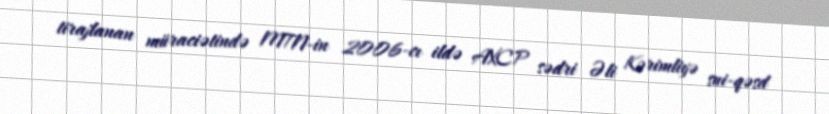
tirajlanan müraciətində MTN-in 2006-cı ildə AXCP sədri Əli Kərimliyə sui-qəsd